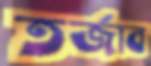
তর্জাব